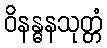
ဝိနန္ဓနသုတ္တံ